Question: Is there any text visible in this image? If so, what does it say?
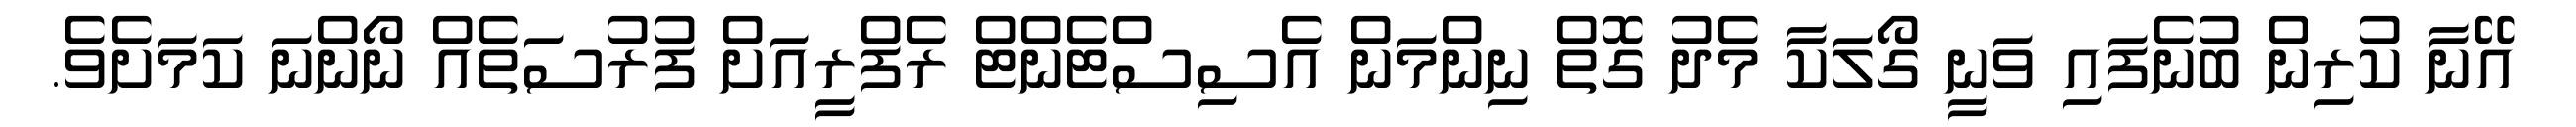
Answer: އޭނާ ކުރިން ބުނެފައި ވަނީ ގޯލަކާ މެދު ގޮތް ނިންމަން އެސިސްޓެންޓް ރެފްރީއަށް ފުރުސަތެއް ނޯންނަ ކަމަށެވެ.